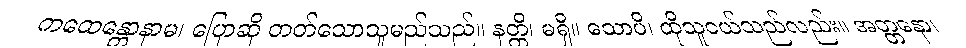
ကထေန္တောနာမ၊ ပြောဆို တတ်သောသူမည်သည်။ နတ္တိ၊ မရှိ။ သောပိ၊ ထိုသူငယ်သည်လည်း။ အတ္တနော၊